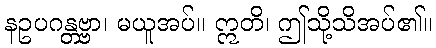
နဥပဂန္တဗ္ဗာ၊ မယူအပ်။ ဣတိ၊ ဤသို့သိအပ်၏။